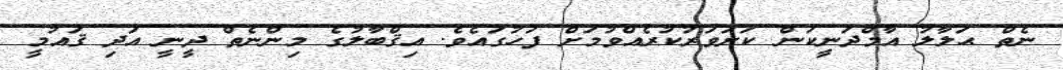
ނެތް ޙަލާލު އާމްދަނީކަން ކަށަވަރުކުރެއްވުމަށް ފަހުގައެވެ. އިޤްބާލުގެ މިންނެތް ދީނީ އަދި ޤައުމީ